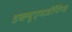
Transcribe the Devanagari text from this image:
डब्ल्यूएमजेंनिंग्स